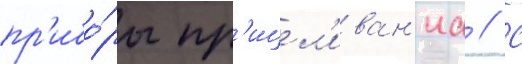
пр'ибо́ры пр'ицел'иван'иа // С